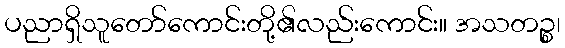
ပညာရှိသူတော်ကောင်းတို့၏လည်းကောင်း။ အသတဉ္စ၊